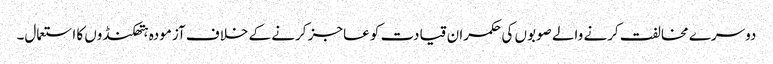
دوسرے مخالفت کرنے والے صوبوں کی حکمران قیادت کو عاجز کرنے کے خلاف آزمودہ ہتھکنڈوں کا استعمال۔